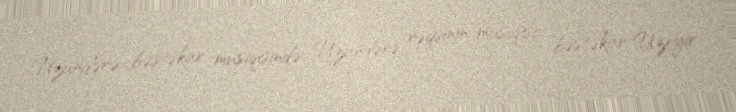
Uzundərə bəstəkar musiqisində Uzundərə rəqsinin musiqisi bəstəkar Üzeyir